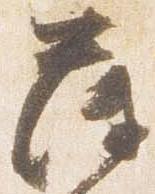
薄